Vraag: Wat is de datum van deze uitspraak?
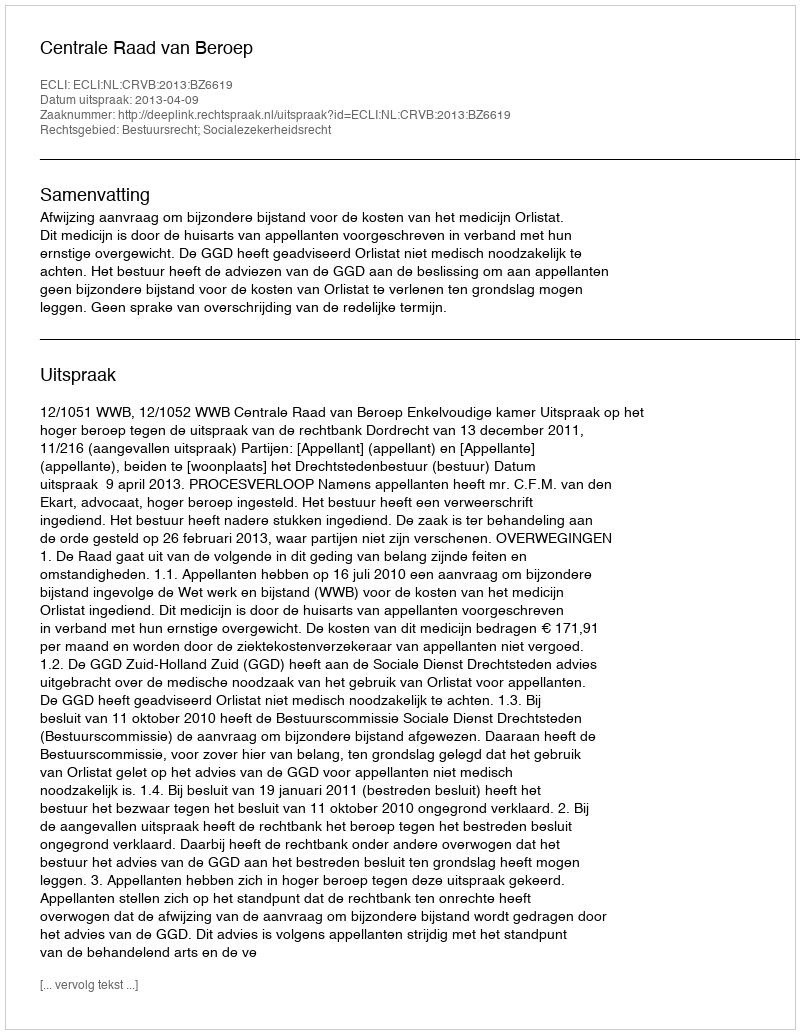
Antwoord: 2013-04-09